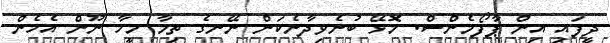
ދީފައި އިން ޕާފޯމެންސް. މޮޅޭ ބުނެވިދާނެކަން ނޭނގެ ތިމާ މީހާ ނޫން އެހެން